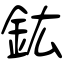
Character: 鈜